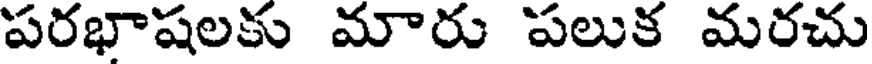
పరభాషలకు మారు పలుక మరచు